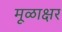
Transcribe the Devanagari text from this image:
मूळाक्षर